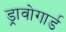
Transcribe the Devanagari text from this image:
ड्रावोगार्ड